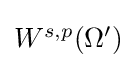
{\textstyle W^{s,p}(\Omega ')}